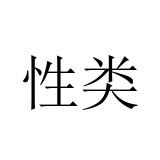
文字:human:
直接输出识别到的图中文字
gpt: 性类